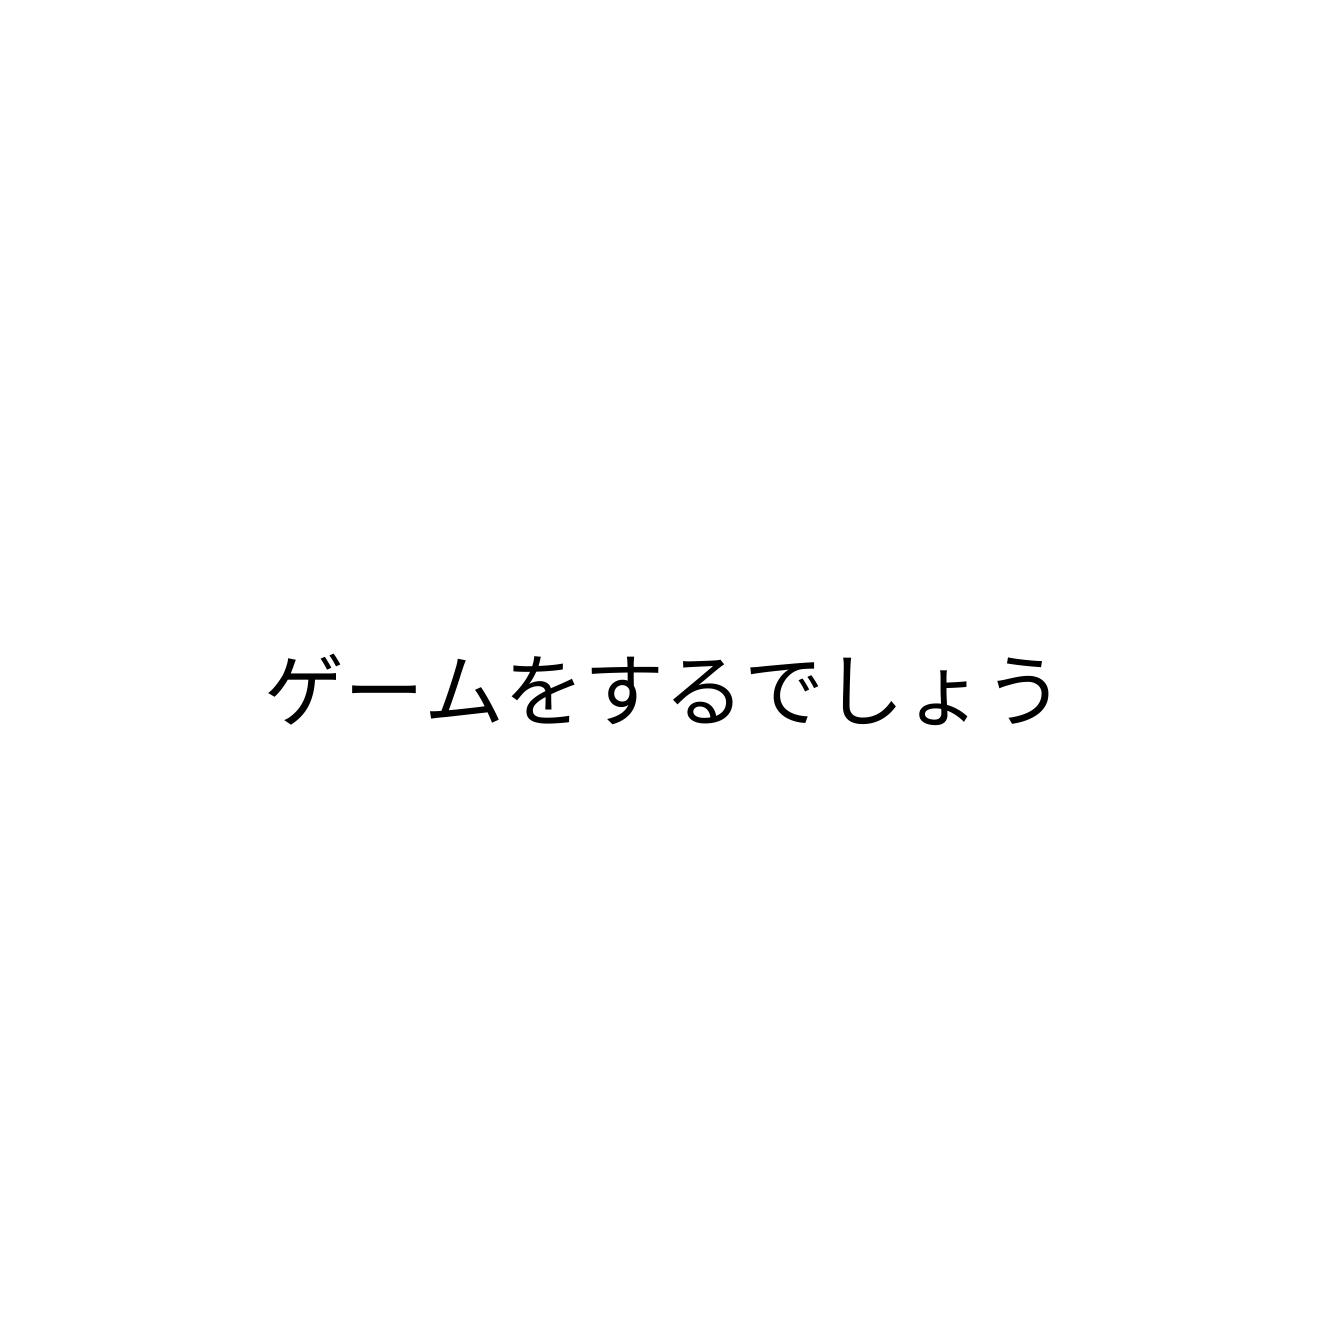
ゲームをするでしょう